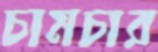
চামচার